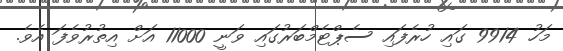
މަހު 9914 ގައި ހުރެފައި ސެޕްޓެމްބަރުގައި ވަނީ 11000 އަށް އިތުރުވެފަ އެވެ.